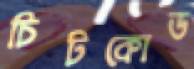
চিটকোড